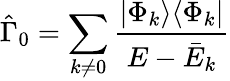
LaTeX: \hat{\Gamma}_{0}=\sum_{k\neq 0}\frac{|\Phi_{k}\rangle\langle\Phi_{k}|}{E-\bar{E}_{k}}